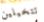
تتخيلين